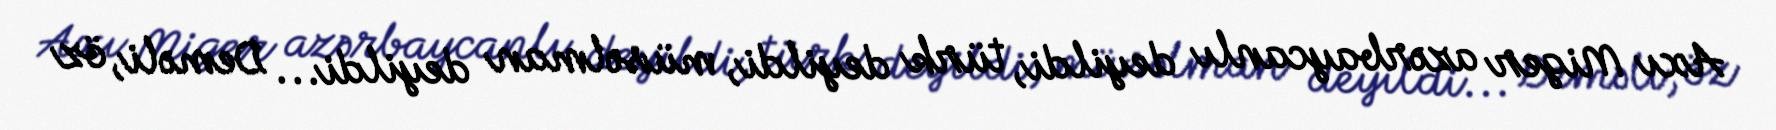
Axı Miger azərbaycanlı deyildi, türk deyildi, müsəlman deyildi... Deməli, öz